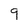
Character: 9